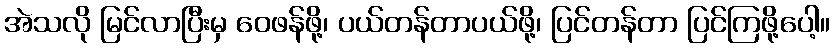
အဲသလို မြင်လာပြီးမှ ဝေဖန်ဖို့၊ ပယ်တန်တာပယ်ဖို့၊ ပြင်တန်တာ ပြင်ကြဖို့ပေါ့။